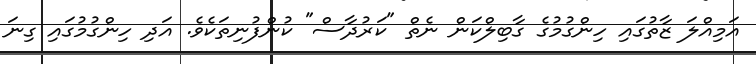
އަމިއްލަ ޒާތުގައި ހިންގުމުގެ ގާބިލްކަން ނެތް "ކަރުދާސް" ކުންފުނިތަކެވެ. އަދި ހިންގުމުގައި ގިނަ